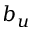
b _ { u }